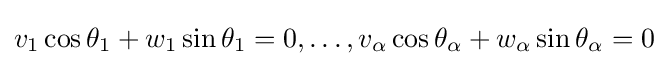
v_{1}\cos \theta _{1}+w_{1}\sin \theta _{1}=0,\dots ,v_{\alpha }\cos \theta _{\alpha }+w_{\alpha }\sin \theta _{\alpha }=0